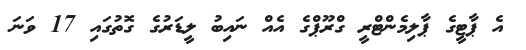
އެ ޕާޓީގެ ޕާލިމެންޓްރީ ގްރޫޕްގެ އެއް ނައިބު ލީޑަރުގެ ގޮތުގައި 17 ވަނަ